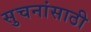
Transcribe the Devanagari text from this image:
सुचनांसाठी